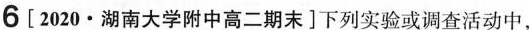
6[2020·湖南大学附中高二期末]下列实验或调查活动中.